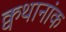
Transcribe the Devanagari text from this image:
क्वथानांक